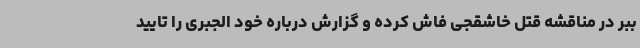
ببر در مناقشه قتل خاشقجی فاش کرده و گزارش درباره خود الجبری را تایید